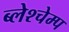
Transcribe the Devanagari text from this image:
ब्लेश्चेम्प